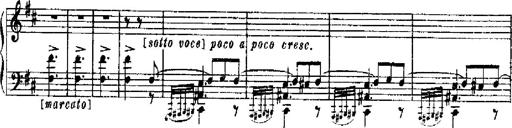
Title: RÃ©miniscences de Robert le diable
Composer: Franz Liszt